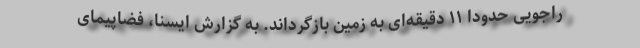
راجویی حدودا ۱۱ دقیقه‌ای به زمین بازگرداند. به گزارش ایسنا، فضاپیمای